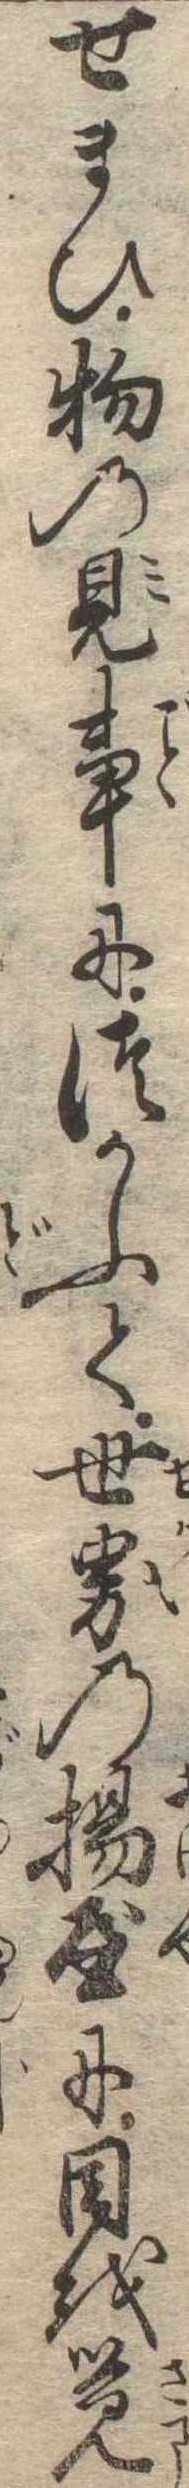
せまひ物の見事につかふて世界の揚屋に目を覚